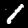
Label: 1